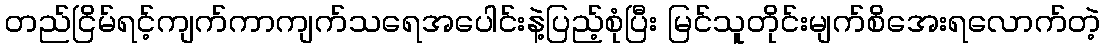
တည်ငြိမ်ရင့်ကျက်ကာကျက်သရေအပေါင်းနဲ့ပြည့်စုံပြီး မြင်သူတိုင်းမျက်စိအေးရလောက်တဲ့